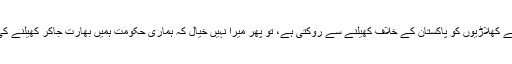
"اگر بھارتی حکومت اپنے کھلاڑیوں کو پاکستان کے خلاف کھیلنے سے روکتی ہے، تو پھر میرا نہیں خیال کہ ہماری حکومت ہمیں بھارت جاکر کھیلنے کی اجازت دے سکتی ہے۔